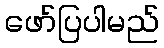
ဖော်ပြပါမည်